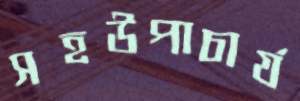
সহউপাচার্য